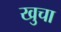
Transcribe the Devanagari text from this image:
खुचा